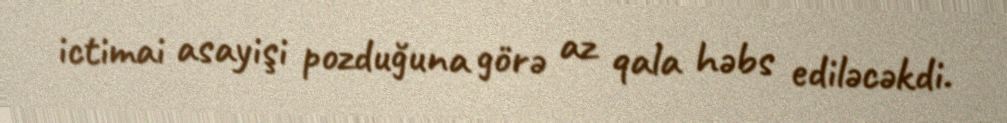
ictimai asayişi pozduğuna görə az qala həbs ediləcəkdi.